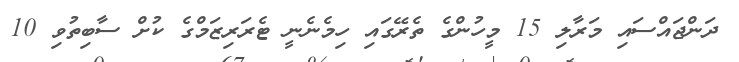
ދަންޖައްސައި މަރާލި 15 މީހުންގެ ތެރޭގައި ހިމެނެނީ ޓެރަރިޒަމްގެ ކުށް ސާބިތުވި 10